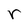
Character: r